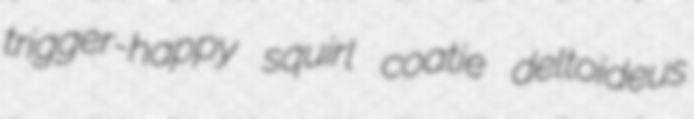
trigger-happy squirl coatie deltoideus